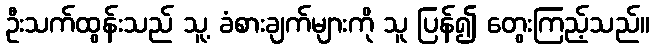
ဦးသက်ထွန်းသည် သူ့ ခံစားချက်များကို သူ ပြန်၍ တွေးကြည့်သည်။